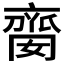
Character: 𠆈